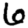
Digit: 6